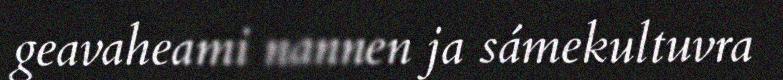
geavaheami nannen ja sámekultuvra